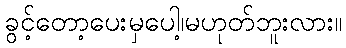
ခွင့်တော့ပေးမှပေါ့၊မဟုတ်ဘူးလား။